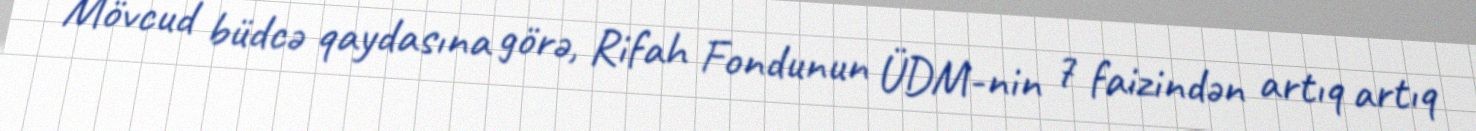
Mövcud büdcə qaydasına görə, Rifah Fondunun ÜDM-nin 7 faizindən artıq artıq